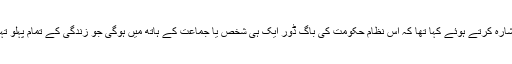
امریکی سابق صدر سینئر بش نے اپنے ایک بیان میں اس عالمگیر نظام کی طرف اشارہ کرتے ہوئے کہا تھا کہ اس نظام حکومت کی باگ ڈور ایک ہی شخص یا جماعت کے ہاتھ میں ہوگی جو زندگی کے تمام پہلو تہذیب و ثقافت سے لے کر سیاست و معیشت اور معاشرت ہر ایک پر حاوی رہے گا۔